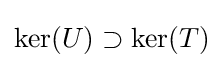
\ker(U)\supset \ker(T)